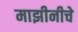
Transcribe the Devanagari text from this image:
माझीनीचे